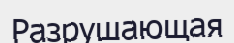
Разрушающая